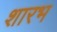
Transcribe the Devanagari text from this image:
शारभ